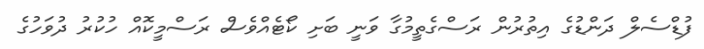
ފުޑްސެލް ދަންޑުގެ އިތުރުން ރަސްގެތީމުގާ ވަނީ ބަށި ކޯޓެއްވެސް ރަސްމީކޮއް ހުކުރު ދުވަހުގެ